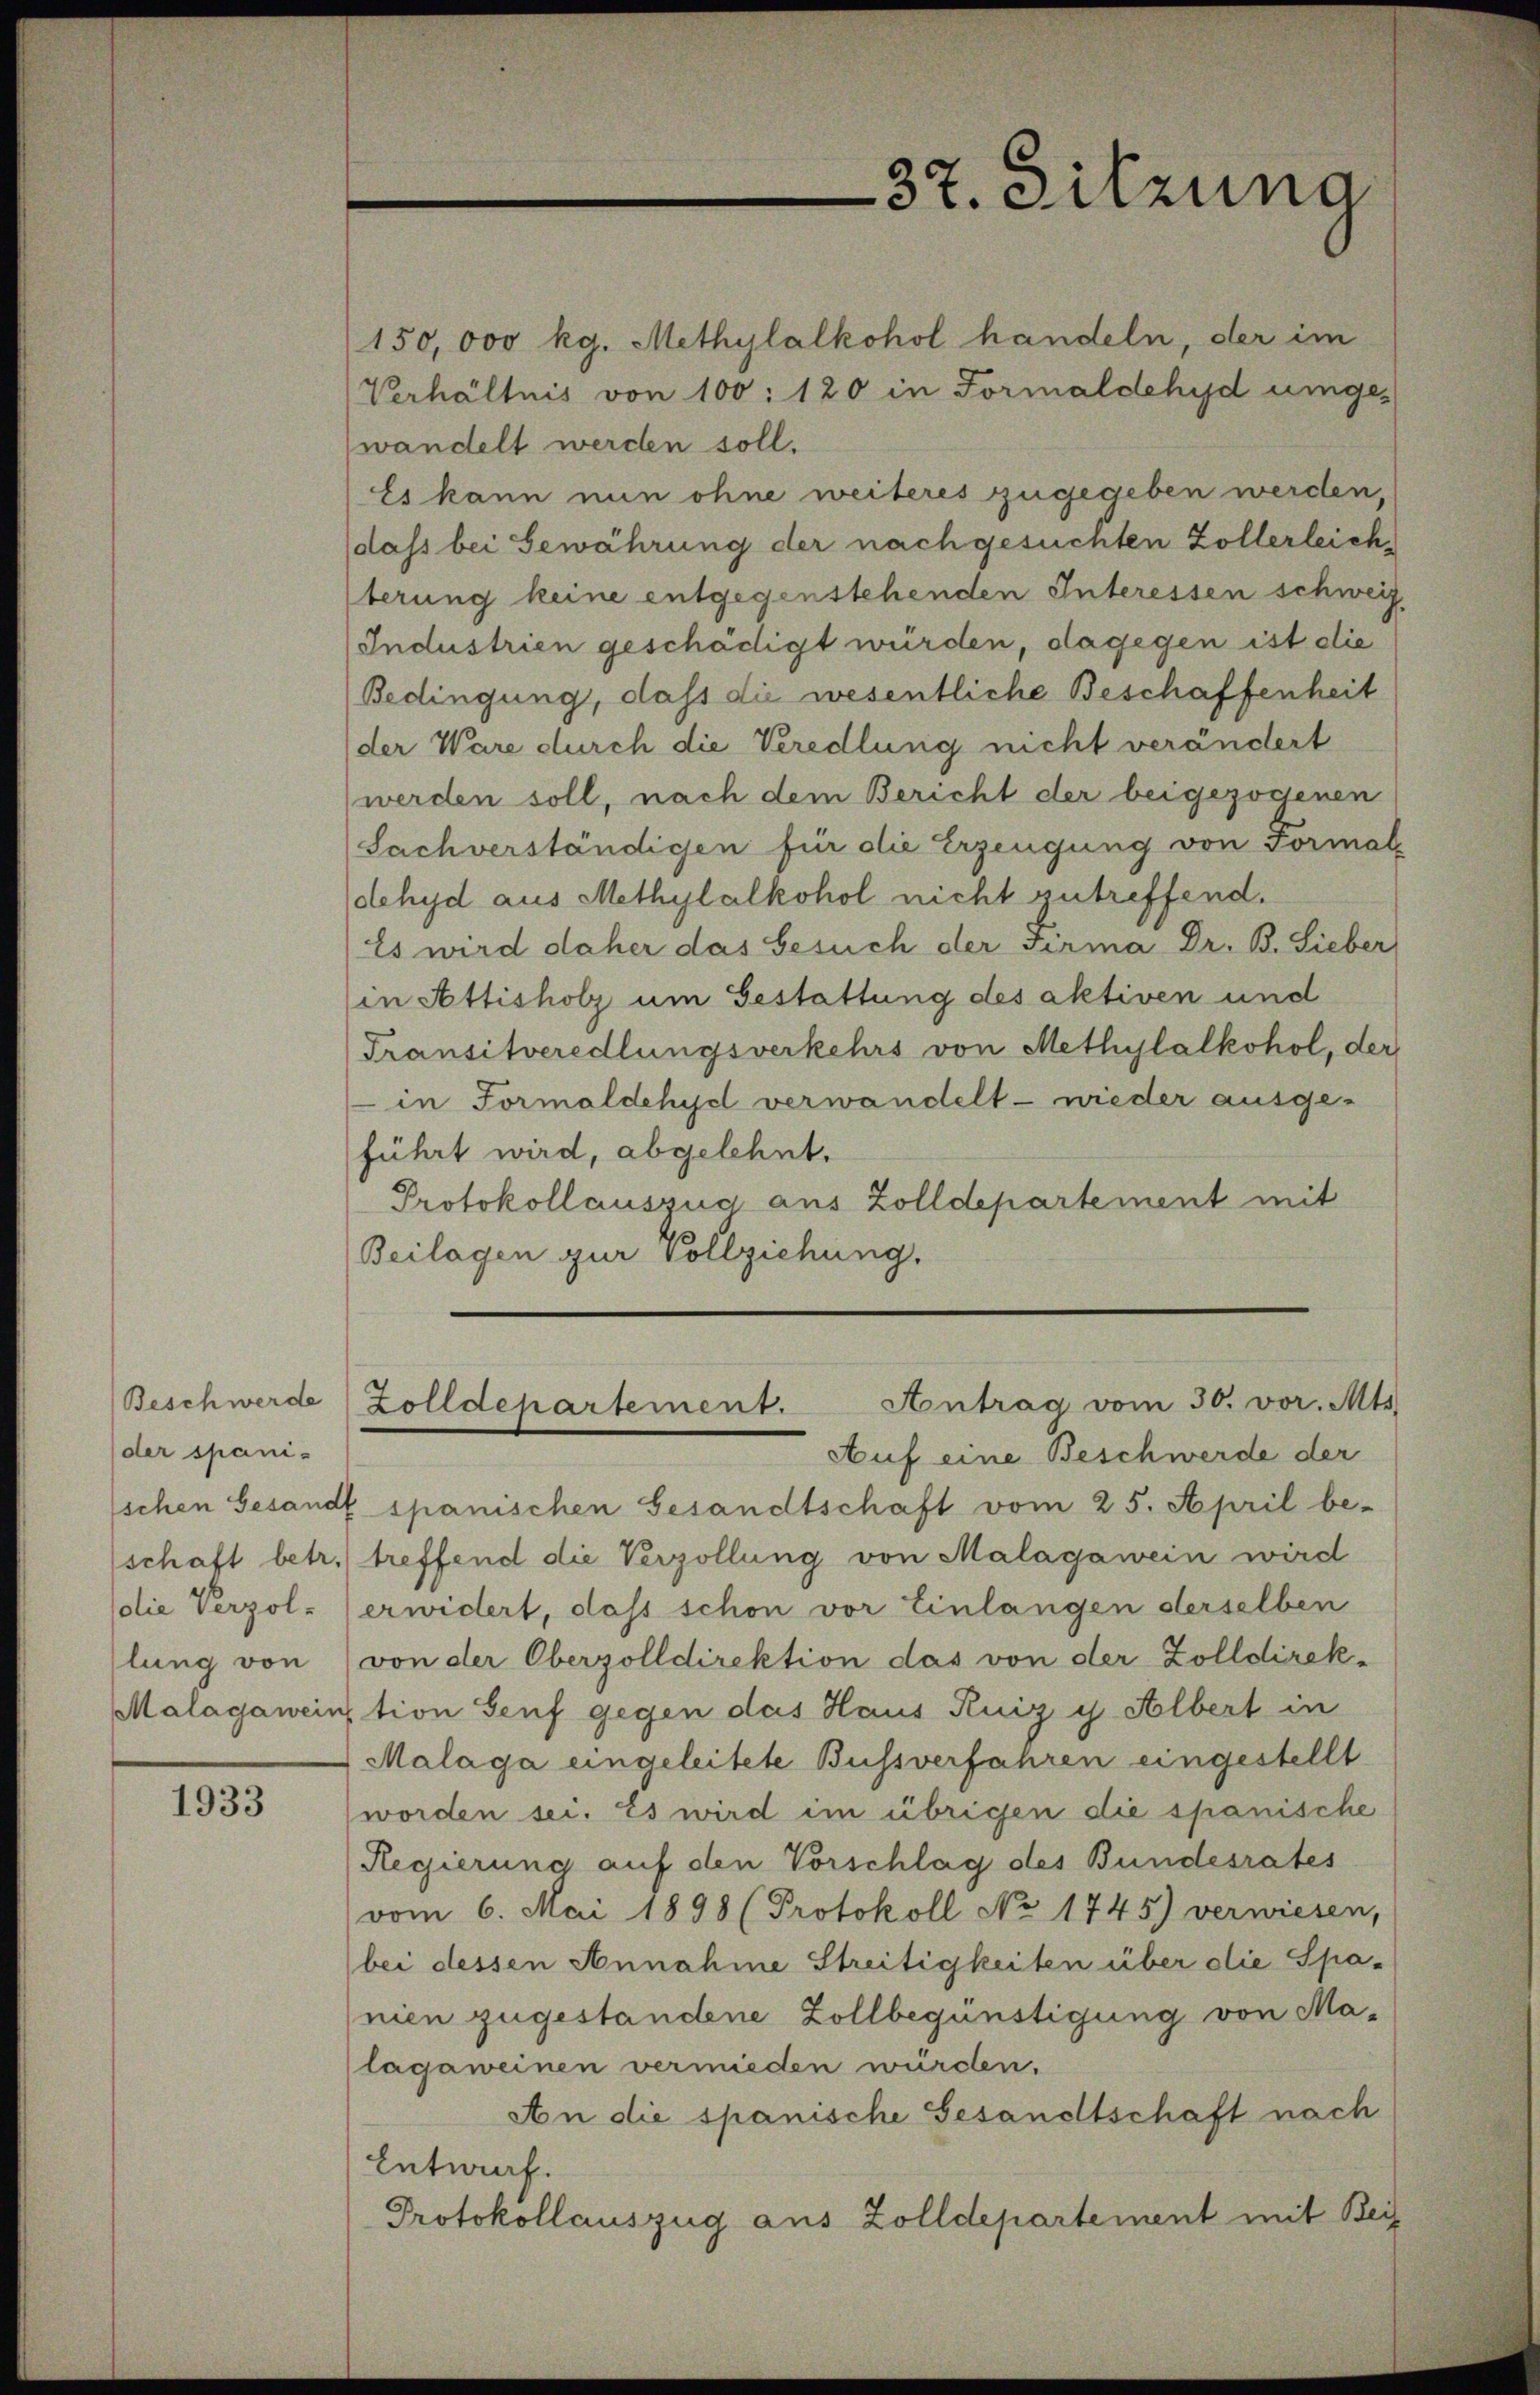
Beschwerde
(der spanidie Verzol-
lung von

1933

150,000 kg. Methylalkohol handeln, der im
Verhältnis von 100: 120 in Formaldehyd umge
wandelt werden soll.
Es kann nun ohne weiteres zugegeben werden,
dass bei Gewährung der nach gesuchten Zollerleich,
terung keine entgegenstehenden Interessen schweiz.
Industrien geschädigt würden, dagegen ist die
Bedingung, dass die wesentliche Beschaffenheit
(der Ware durch die Veredlung nicht verändert
werden soll, nach dem Bericht der beigezogenen
Sachverständigen für die Erzeugung von Formal
dehyd aus Methylalkohol nicht zutreffend.
Es wird daher das Gesuch der Firma Dr. B. Sieber
in Attisholz um Gestattung des aktiven und
Transitveredlungsverkehrs von Methylalkohol, der
in Formaldehyd verwandelt - wieder ausge-
führt wird, abgelehnt.
Protokollauszug aus Zolldepartement mit
Beilagen zur Vollziehung.

37. Sitzung

Auf eine Beschwerde der
schen Gesandt spanischen Gesandtschaft vom 25. April be-
schaft betr. treffend die Verzöllung von Malagawein wird
erwidert, dass schon vor Einlangen derselben
von der Oberzolldirektion das von der Zolldirek-
Malagaweinstion Genf gegen das Haus Kuiz y Albert in
Malaga eingeleitete Bussverfahren eingestellt
worden sei. Es wird im übrigen die spanische
Regierung auf den Vorschlag des Bundesrates
vom 6. Mai 1898 (Protokoll No 1745) verwiesen,
bei dessen Annahme Streitigkeiten über die Spanien zugestandene Zollbegünstigung von Malagaweinen vermieden würden.
An die spanische Gesandtschaft nach
Entwurf.
Protokollauszug aus Zolldepartement mit Bei

Antrag vom 30. vor. Mts.
Zolldepartement.